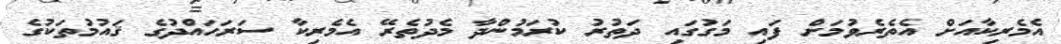
އެމެރިކާއަށް އެތެރެވުމަށް ފައި މަގުގައި ދަތުރު ކުރަމުންދާ މެދުތެރޭ އެމެރިކާ ސަރަހައްދުގެ ޤައުމުތަކުގެ